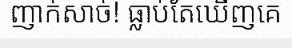
ញាក់សាច់! ធ្លាប់តែឃើញគេ